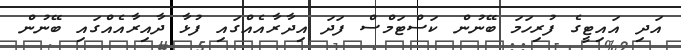
އަދި އައިޓީގެ ފުރިހަމަ ބޭނުން ކަސްޓަމްސް ފަދަ އިދާރާއެއްގައި ފުޅާ ދާއިރާއެއްގައި ބޭނުން